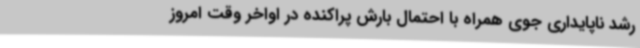
رشد ناپایداری جوی همراه با احتمال بارش پراکنده در اواخر وقت امروز